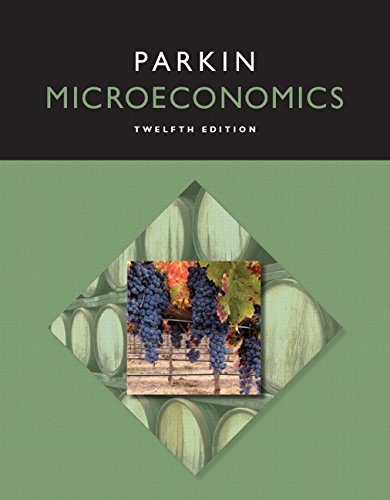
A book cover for Microeconomics (12th Edition) (Newest Edition) (Pearson Series in Economics); Michael Parkin; Business & Money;